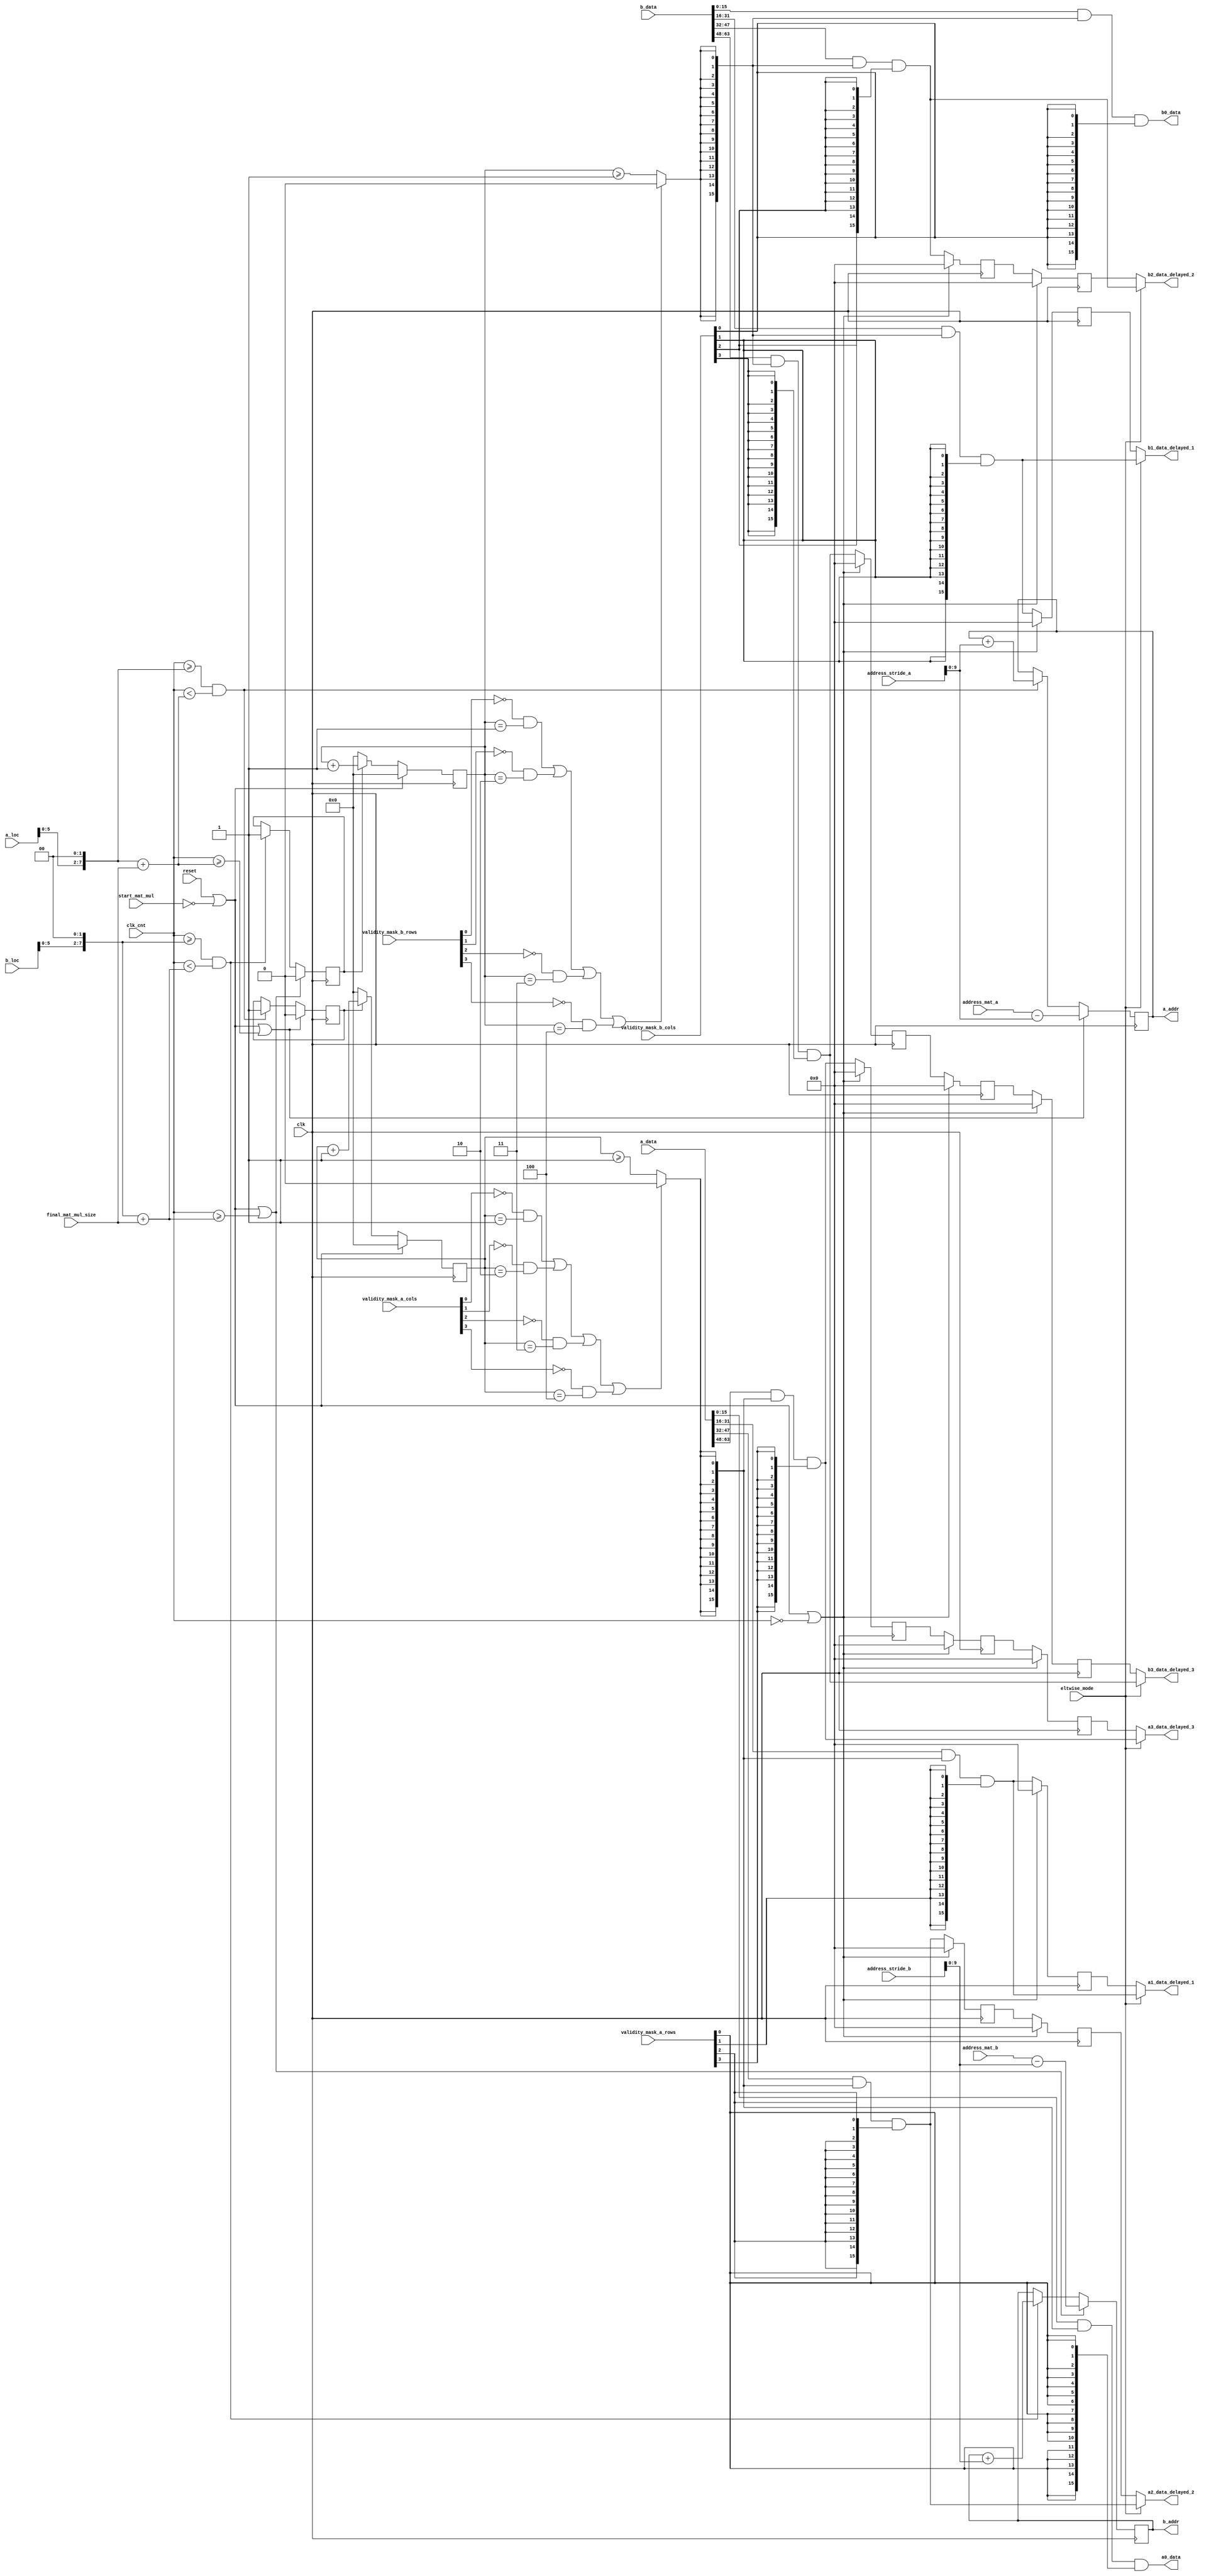
//`define ARCH_SPECIFIC_IMP 1
`define VCS
`define DWIDTH 16
`define AWIDTH 10
`define MEM_SIZE 1024
`define DESIGN_SIZE 8
`define MAT_MUL_SIZE 4
`define MASK_WIDTH 4
`define LOG2_MAT_MUL_SIZE 2
`define NUM_CYCLES_IN_MAC 3
`define MEM_ACCESS_LATENCY 1
`define REG_DATAWIDTH 32
`define REG_ADDRWIDTH 8
`define ADDR_STRIDE_WIDTH 16
`define REG_STDN_TPU_ADDR 32'h4
`define REG_MATRIX_A_ADDR 32'he
`define REG_MATRIX_B_ADDR 32'h12
`define REG_MATRIX_C_ADDR 32'h16
`define REG_VALID_MASK_A_ROWS_ADDR 32'h20
`define REG_VALID_MASK_A_COLS_ADDR 32'h54
`define REG_VALID_MASK_B_ROWS_ADDR 32'h5c
`define REG_VALID_MASK_B_COLS_ADDR 32'h58
`define REG_MATRIX_A_STRIDE_ADDR 32'h28
`define REG_MATRIX_B_STRIDE_ADDR 32'h32
`define REG_MATRIX_C_STRIDE_ADDR 32'h36
`define ADDRESS_BASE_A 10'd0
`define ADDRESS_BASE_B 10'd0
`define ADDRESS_BASE_C 10'd0

module systolic_data_setup(
clk,
reset,
start_mat_mul,
eltwise_mode,
a_addr,
b_addr,
address_mat_a,
address_mat_b,
address_stride_a,
address_stride_b,
a_data,
b_data,
clk_cnt,
a0_data,
a1_data_delayed_1,
a2_data_delayed_2,
a3_data_delayed_3,
b0_data,
b1_data_delayed_1,
b2_data_delayed_2,
b3_data_delayed_3,
validity_mask_a_rows,
validity_mask_a_cols,
validity_mask_b_rows,
validity_mask_b_cols,
final_mat_mul_size,
a_loc,
b_loc
);

input clk;
input reset;
input start_mat_mul;
input eltwise_mode;
output [`AWIDTH-1:0] a_addr;
output [`AWIDTH-1:0] b_addr;
input [`AWIDTH-1:0] address_mat_a;
input [`AWIDTH-1:0] address_mat_b;
input [`ADDR_STRIDE_WIDTH-1:0] address_stride_a;
input [`ADDR_STRIDE_WIDTH-1:0] address_stride_b;
input [`MAT_MUL_SIZE*`DWIDTH-1:0] a_data;
input [`MAT_MUL_SIZE*`DWIDTH-1:0] b_data;
input [7:0] clk_cnt;
output [`DWIDTH-1:0] a0_data;
output [`DWIDTH-1:0] a1_data_delayed_1;
output [`DWIDTH-1:0] a2_data_delayed_2;
output [`DWIDTH-1:0] a3_data_delayed_3;
output [`DWIDTH-1:0] b0_data;
output [`DWIDTH-1:0] b1_data_delayed_1;
output [`DWIDTH-1:0] b2_data_delayed_2;
output [`DWIDTH-1:0] b3_data_delayed_3;
input [`MASK_WIDTH-1:0] validity_mask_a_rows;
input [`MASK_WIDTH-1:0] validity_mask_a_cols;
input [`MASK_WIDTH-1:0] validity_mask_b_rows;
input [`MASK_WIDTH-1:0] validity_mask_b_cols;
input [7:0] final_mat_mul_size;
input [7:0] a_loc;
input [7:0] b_loc;

wire [`DWIDTH-1:0] a0_data;
wire [`DWIDTH-1:0] a1_data;
wire [`DWIDTH-1:0] a2_data;
wire [`DWIDTH-1:0] a3_data;
wire [`DWIDTH-1:0] b0_data;
wire [`DWIDTH-1:0] b1_data;
wire [`DWIDTH-1:0] b2_data;
wire [`DWIDTH-1:0] b3_data;

//////////////////////////////////////////////////////////////////////////
// Logic to generate addresses to BRAM A
//////////////////////////////////////////////////////////////////////////
reg [`AWIDTH-1:0] a_addr;
reg a_mem_access; //flag that tells whether the matmul is trying to access memory or not

always @(posedge clk) begin
  //else if (clk_cnt >= a_loc*`MAT_MUL_SIZE+final_mat_mul_size) begin
  //Writing the line above to avoid multiplication:
  if ((reset || ~start_mat_mul) || (clk_cnt >= (a_loc<<`LOG2_MAT_MUL_SIZE)+final_mat_mul_size)) begin
      a_addr <= address_mat_a-address_stride_a;
    a_mem_access <= 0;
  end

  //else if ((clk_cnt >= a_loc*`MAT_MUL_SIZE) && (clk_cnt < a_loc*`MAT_MUL_SIZE+final_mat_mul_size)) begin
  //Writing the line above to avoid multiplication:
  else if ((clk_cnt >= (a_loc<<`LOG2_MAT_MUL_SIZE)) && (clk_cnt < (a_loc<<`LOG2_MAT_MUL_SIZE)+final_mat_mul_size)) begin
      a_addr <= a_addr + address_stride_a;
    a_mem_access <= 1;
  end
end  

//////////////////////////////////////////////////////////////////////////
// Logic to generate valid signals for data coming from BRAM A
//////////////////////////////////////////////////////////////////////////
reg [7:0] a_mem_access_counter;
always @(posedge clk) begin
  if (reset || ~start_mat_mul) begin
    a_mem_access_counter <= 0;
  end
  else if (a_mem_access == 1) begin
    a_mem_access_counter <= a_mem_access_counter + 1;  

  end
  else begin
    a_mem_access_counter <= 0;
  end
end

wire a_data_valid; //flag that tells whether the data from memory is valid
assign a_data_valid = 
       ((validity_mask_a_cols[0]==1'b0 && a_mem_access_counter==1) ||
        (validity_mask_a_cols[1]==1'b0 && a_mem_access_counter==2) ||
        (validity_mask_a_cols[2]==1'b0 && a_mem_access_counter==3) ||
        (validity_mask_a_cols[3]==1'b0 && a_mem_access_counter==4)) ?
        1'b0 : (a_mem_access_counter >= `MEM_ACCESS_LATENCY);

//////////////////////////////////////////////////////////////////////////
// Logic to delay certain parts of the data received from BRAM A (systolic data setup)
//////////////////////////////////////////////////////////////////////////
//Slice data into chunks and qualify it with whether it is valid or not
assign a0_data = a_data[`DWIDTH-1:0] & {`DWIDTH{a_data_valid}} & {`DWIDTH{validity_mask_a_rows[0]}};
assign a1_data = a_data[2*`DWIDTH-1:`DWIDTH] & {`DWIDTH{a_data_valid}} & {`DWIDTH{validity_mask_a_rows[1]}};
assign a2_data = a_data[3*`DWIDTH-1:2*`DWIDTH] & {`DWIDTH{a_data_valid}} & {`DWIDTH{validity_mask_a_rows[2]}};
assign a3_data = a_data[4*`DWIDTH-1:3*`DWIDTH] & {`DWIDTH{a_data_valid}} & {`DWIDTH{validity_mask_a_rows[3]}};

//For larger matmuls, more such delaying flops will be needed
reg [`DWIDTH-1:0] a1_data_delayed_1_temp;
reg [`DWIDTH-1:0] a2_data_delayed_1_temp;
reg [`DWIDTH-1:0] a2_data_delayed_2_temp;
reg [`DWIDTH-1:0] a3_data_delayed_1_temp;
reg [`DWIDTH-1:0] a3_data_delayed_2_temp;
reg [`DWIDTH-1:0] a3_data_delayed_3_temp;
always @(posedge clk) begin
  if (reset || ~start_mat_mul || clk_cnt==0) begin
    a1_data_delayed_1_temp <= 0;
    a2_data_delayed_1_temp <= 0;
    a2_data_delayed_2_temp <= 0;
    a3_data_delayed_1_temp <= 0;
    a3_data_delayed_2_temp <= 0;
    a3_data_delayed_3_temp <= 0;
  end
  else begin
    a1_data_delayed_1_temp <= a1_data;
    a2_data_delayed_1_temp <= a2_data;
    a2_data_delayed_2_temp <= a2_data_delayed_1_temp;
    a3_data_delayed_1_temp <= a3_data;
    a3_data_delayed_2_temp <= a3_data_delayed_1_temp;
    a3_data_delayed_3_temp <= a3_data_delayed_2_temp;
  end
end

assign a1_data_delayed_1 = eltwise_mode ? a1_data : a1_data_delayed_1_temp;
assign a2_data_delayed_2 = eltwise_mode ? a2_data : a2_data_delayed_2_temp;
assign a3_data_delayed_3 = eltwise_mode ? a3_data : a3_data_delayed_3_temp;

//////////////////////////////////////////////////////////////////////////
// Logic to generate addresses to BRAM B
//////////////////////////////////////////////////////////////////////////
reg [`AWIDTH-1:0] b_addr;
reg b_mem_access; //flag that tells whether the matmul is trying to access memory or not

always @(posedge clk) begin
  //else if (clk_cnt >= b_loc*`MAT_MUL_SIZE+final_mat_mul_size) begin
  //Writing the line above to avoid multiplication:
  if ((reset || ~start_mat_mul) || (clk_cnt >= (b_loc<<`LOG2_MAT_MUL_SIZE)+final_mat_mul_size)) begin
      b_addr <= address_mat_b - address_stride_b;
    b_mem_access <= 0;
  end
  //else if ((clk_cnt >= b_loc*`MAT_MUL_SIZE) && (clk_cnt < b_loc*`MAT_MUL_SIZE+final_mat_mul_size)) begin
  //Writing the line above to avoid multiplication:
  else if ((clk_cnt >= (b_loc<<`LOG2_MAT_MUL_SIZE)) && (clk_cnt < (b_loc<<`LOG2_MAT_MUL_SIZE)+final_mat_mul_size)) begin
      b_addr <= b_addr + address_stride_b;
    b_mem_access <= 1;
  end
end  

//////////////////////////////////////////////////////////////////////////
// Logic to generate valid signals for data coming from BRAM B
//////////////////////////////////////////////////////////////////////////
reg [7:0] b_mem_access_counter;
always @(posedge clk) begin
  if (reset || ~start_mat_mul) begin
    b_mem_access_counter <= 0;
  end
  else if (b_mem_access == 1) begin
    b_mem_access_counter <= b_mem_access_counter + 1;  
  end
  else begin
    b_mem_access_counter <= 0;
  end
end

wire b_data_valid; //flag that tells whether the data from memory is valid
assign b_data_valid = 
       ((validity_mask_b_rows[0]==1'b0 && b_mem_access_counter==1) ||
        (validity_mask_b_rows[1]==1'b0 && b_mem_access_counter==2) ||
        (validity_mask_b_rows[2]==1'b0 && b_mem_access_counter==3) ||
        (validity_mask_b_rows[3]==1'b0 && b_mem_access_counter==4)) ?
        1'b0 : (b_mem_access_counter >= `MEM_ACCESS_LATENCY);


//////////////////////////////////////////////////////////////////////////
// Logic to delay certain parts of the data received from BRAM B (systolic data setup)
//////////////////////////////////////////////////////////////////////////
//Slice data into chunks and qualify it with whether it is valid or not
assign b0_data = b_data[`DWIDTH-1:0] & {`DWIDTH{b_data_valid}} & {`DWIDTH{validity_mask_b_cols[0]}};
assign b1_data = b_data[2*`DWIDTH-1:`DWIDTH] & {`DWIDTH{b_data_valid}} & {`DWIDTH{validity_mask_b_cols[1]}};
assign b2_data = b_data[3*`DWIDTH-1:2*`DWIDTH] & {`DWIDTH{b_data_valid}} & {`DWIDTH{validity_mask_b_cols[2]}};
assign b3_data = b_data[4*`DWIDTH-1:3*`DWIDTH] & {`DWIDTH{b_data_valid}} & {`DWIDTH{validity_mask_b_cols[3]}};

//For larger matmuls, more such delaying flops will be needed
reg [`DWIDTH-1:0] b1_data_delayed_1_temp;
reg [`DWIDTH-1:0] b2_data_delayed_1_temp;
reg [`DWIDTH-1:0] b2_data_delayed_2_temp;
reg [`DWIDTH-1:0] b3_data_delayed_1_temp;
reg [`DWIDTH-1:0] b3_data_delayed_2_temp;
reg [`DWIDTH-1:0] b3_data_delayed_3_temp;
always @(posedge clk) begin
  if (reset || ~start_mat_mul || clk_cnt==0) begin
    b1_data_delayed_1_temp <= 0;
    b2_data_delayed_1_temp <= 0;
    b2_data_delayed_2_temp <= 0;
    b3_data_delayed_1_temp <= 0;
    b3_data_delayed_2_temp <= 0;
    b3_data_delayed_3_temp <= 0;
  end
  else begin
    b1_data_delayed_1_temp <= b1_data;
    b2_data_delayed_1_temp <= b2_data;
    b2_data_delayed_2_temp <= b2_data_delayed_1_temp;
    b3_data_delayed_1_temp <= b3_data;
    b3_data_delayed_2_temp <= b3_data_delayed_1_temp;
    b3_data_delayed_3_temp <= b3_data_delayed_2_temp;
  end
end


assign b1_data_delayed_1 = eltwise_mode ? b1_data : b1_data_delayed_1_temp;
assign b2_data_delayed_2 = eltwise_mode ? b2_data : b2_data_delayed_2_temp;
assign b3_data_delayed_3 = eltwise_mode ? b3_data : b3_data_delayed_3_temp;

endmodule